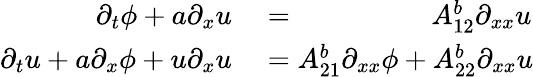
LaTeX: \begin{array}{rl}{\partial_{t}\phi+a\partial_{x}u}&{{}=\phantom{A_{21}^{b}\partial_{xx}\phi+\, }A_{12}^{b}\partial_{xx}u}\\ {\partial_{t}u+a\partial_{x}\phi+u\partial_{x}u}&{{}=A_{21}^{b}\partial_{xx}\phi+A_{22}^{b}\partial_{xx}u}\end{array}